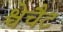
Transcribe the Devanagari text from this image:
श्चेचैट